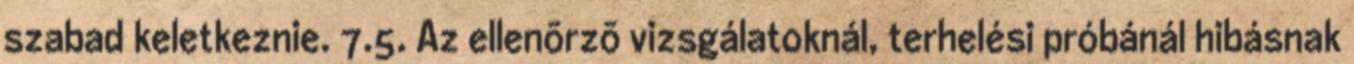
szabad keletkeznie. 7.5. Az ellenõrzõ vizsgálatoknál, terhelési próbánál hibásnak